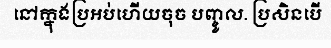
នៅក្នុងប្រអប់ហើយចុច បញ្ចូល. ប្រសិនបើ